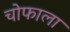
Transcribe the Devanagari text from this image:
चोफाला